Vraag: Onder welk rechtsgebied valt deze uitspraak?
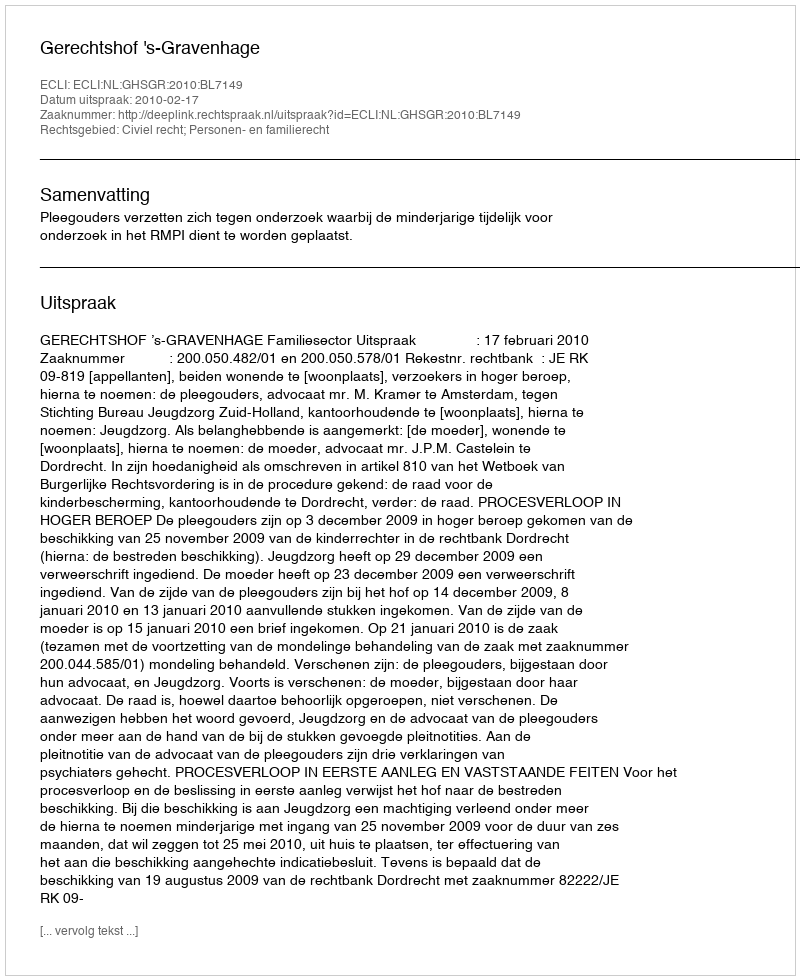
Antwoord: Civiel recht; Personen- en familierecht